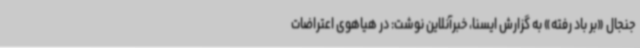
جنجال «بر باد رفته» به گزارش ایسنا، خبرآنلاین نوشت: در هیاهوی اعتراضات